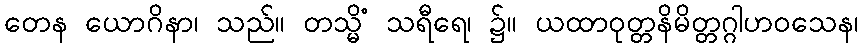
တေန ယောဂိနာ၊ သည်။ တသ္မိံ သရီရေ၊ ၌။ ယထာဝုတ္တနိမိတ္တဂ္ဂါဟဝသေန၊